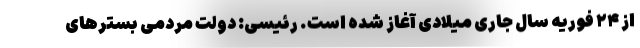
از ۲۴ فوریه سال جاری میلادی آغاز شده است. رئیسی: دولت مردمی بسترهای